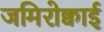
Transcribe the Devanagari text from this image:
जमिरोक्वाई